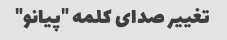
تغییر صدای کلمه "پیانو"